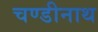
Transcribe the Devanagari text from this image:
चण्‍डीनाथ